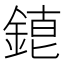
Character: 𨨇